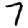
Digit: 7